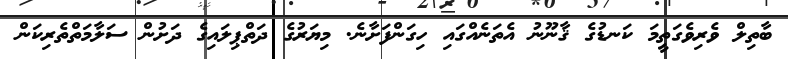
ބާތިލް ވެރިވެގަތީމަ ކަނޑުގެ ޤާނޫނު އެތަނެއްގައި ހިގަންފަށާނެ. މިޔަރުގެ ދަތްޕިލައިގެ ދަށުން ސަލާމަތްތެރިކަން